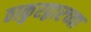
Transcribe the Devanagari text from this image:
ठाकुरद्वारच्या